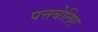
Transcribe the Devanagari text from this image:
पत्तबेलिए